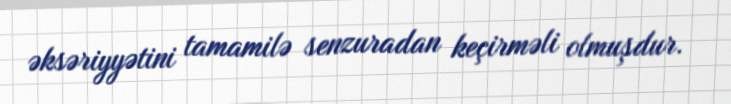
əksəriyyətini tamamilə senzuradan keçirməli olmuşdur.